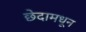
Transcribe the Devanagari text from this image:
छेदामधून